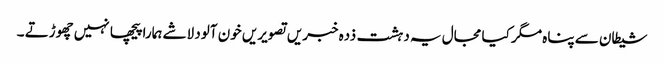
شیطان سے پناہ مگر کیا مجال یہ دہشت ذدہ خبریں تصویریں خون آلود لاشے ہمارا پیچھا نہیں چھوڑتے ۔